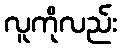
လူကိုလည်း